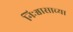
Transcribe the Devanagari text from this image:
निःश्वासाच्या